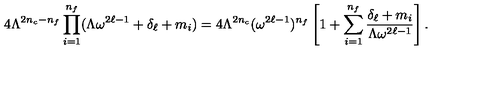
4 \Lambda ^ { 2 n _ { c } - n _ { f } } \prod _ { i = 1 } ^ { n _ { f } } ( \Lambda \omega ^ { 2 \ell - 1 } + \delta _ { \ell } + m _ { i } ) = 4 \Lambda ^ { 2 n _ { c } } ( \omega ^ { 2 \ell - 1 } ) ^ { n _ { f } } \left[ 1 + \sum _ { i = 1 } ^ { n _ { f } } \frac { \delta _ { \ell } + m _ { i } } { \Lambda \omega ^ { 2 \ell - 1 } } \right] .